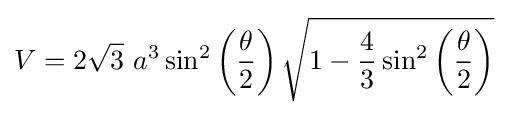
V=2{\sqrt {3}}~a^{3}\sin ^{2}\left({\frac {\theta }{2}}\right){\sqrt {1-{\frac {4}{3}}\sin ^{2}\left({\frac {\theta }{2}}\right)}}~